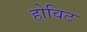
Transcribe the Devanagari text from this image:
होविट